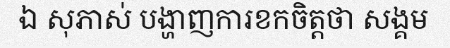
ឯ សុភាស់ បង្ហាញការខកចិត្តថា សង្គម